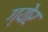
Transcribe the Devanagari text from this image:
ग्येर